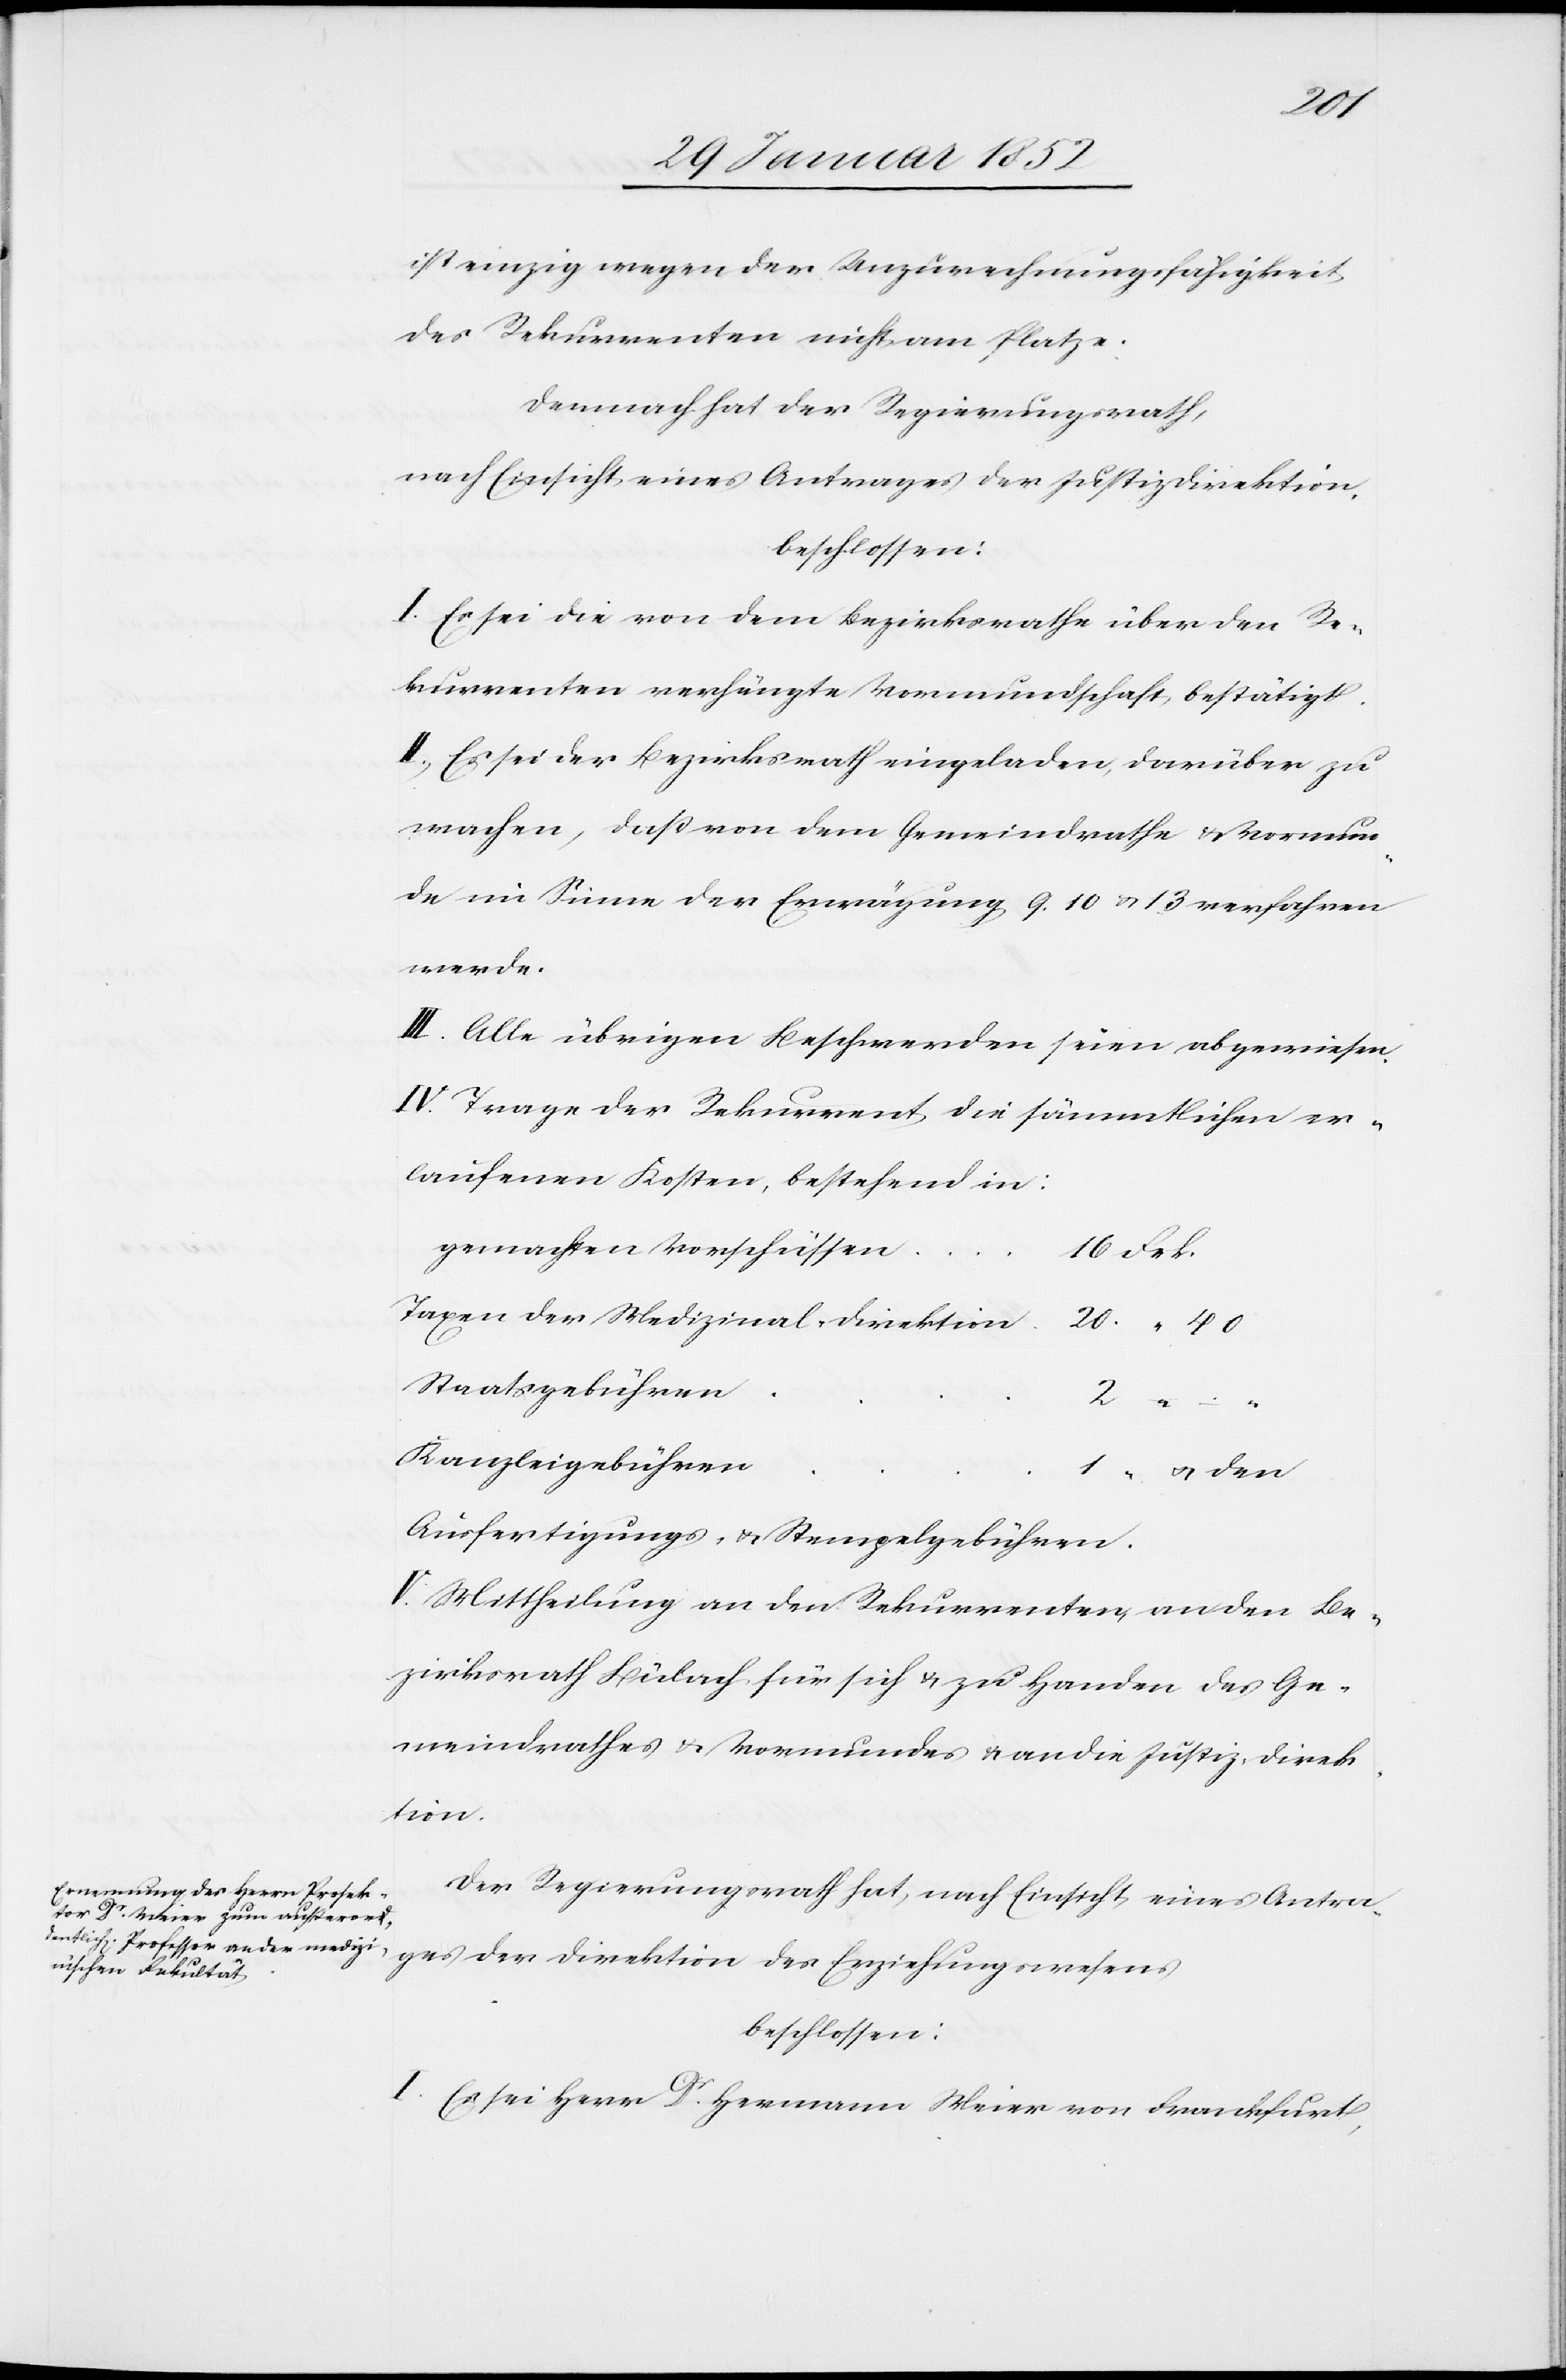
2
ist einzig wegen der Unzurechnungsfähigkeit
des Rekurrenten nicht am Platze.
Demnach hat der Regierungsrath,
nach Einsicht eines Antrages der Justizdirektion.
beschlossen:
I. Es sei die von dem Bezirksrathe über den Re¬
kurrenten verfügte Vormundschaft bestätigt.
II. Es sei der Bezirksrath eingeladen, darüber zu
wachen, daß von dem Gemeindrathe u. Vormun¬
de im Sinne der Erwägung 9. 10. u. 13 verfahren
werde.
III. Alle übrigen Beschwerden seien abgewiesen.
IV. Trage der Rekurrent die sämmtlichen er¬
laufenen Kosten, bestehend in:
gemachten Vorschüssen
Staatsgebühren
Kanzleigebühren
u. den
Ausfertigungs- u. Stempelgebühren
V. Mittheilung an den Rekurrenten, an den Be¬
zirksrath Bülach für sich u. zu Handen des Ge¬
meindrathes u. Vormundes u. an die Justiz-Direk¬
tion.
Der Regierungsrath hat, nach Einsicht eines Antra¬
ges der Direktion des Erziehungswesens
beschlossen:
I. Es sei Dr. Hermann Meier von Franckfurt,